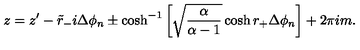
z = z ^ { \prime } - \tilde { r } _ { - } i \Delta \phi _ { n } \pm \cosh ^ { - 1 } \left[ \sqrt { \frac { \alpha } { \alpha - 1 } } \cosh r _ { + } \Delta \phi _ { n } \right] + 2 \pi i m .